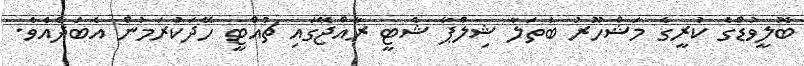
ބޮލީވުޑްގެ ކުރީގެ މަޝްހޫރު ބަތަލާ ޝިލްޕާ ޝެޓީ ރާއްޖޭގައި ޗުއްޓީ ހޭދަކުރަމުން އެބަދެއެވެ.